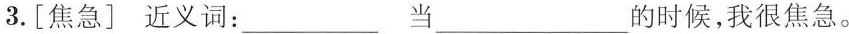
3.[焦急]近义词：___当___的时候，我很焦急。